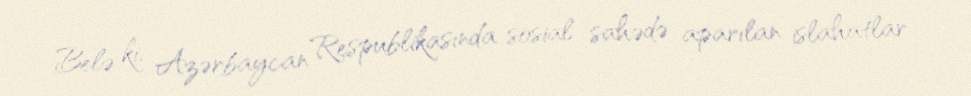
Belə ki, Azərbaycan Respublikasında sosial sahədə aparılan islahatlar